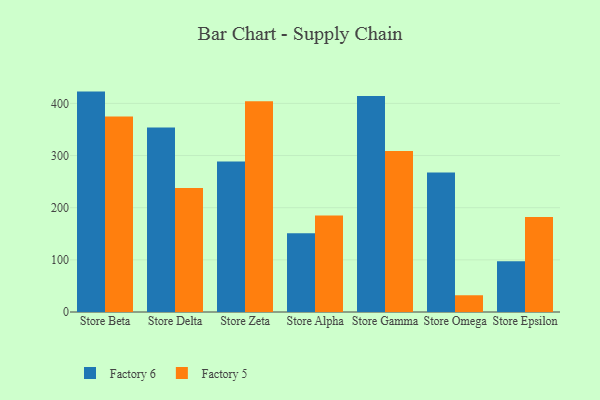
{"axis": {"x": "Store", "y": "Customer Acquisition Cost (USD)"}, "legend": ["Factory 5", "Factory 6"], "data": [{"x": "Store Beta", "y": 422.6, "type": "Factory 6"}, {"x": "Store Beta", "y": 374.7, "type": "Factory 5"}, {"x": "Store Delta", "y": 353.9, "type": "Factory 6"}, {"x": "Store Delta", "y": 237.9, "type": "Factory 5"}, {"x": "Store Zeta", "y": 288.8, "type": "Factory 6"}, {"x": "Store Zeta", "y": 404.2, "type": "Factory 5"}, {"x": "Store Alpha", "y": 151.2, "type": "Factory 6"}, {"x": "Store Alpha", "y": 185.2, "type": "Factory 5"}, {"x": "Store Gamma", "y": 414.0, "type": "Factory 6"}, {"x": "Store Gamma", "y": 308.7, "type": "Factory 5"}, {"x": "Store Omega", "y": 267.6, "type": "Factory 6"}, {"x": "Store Omega", "y": 32.1, "type": "Factory 5"}, {"x": "Store Epsilon", "y": 97.5, "type": "Factory 6"}, {"x": "Store Epsilon", "y": 182.0, "type": "Factory 5"}]}